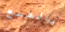
بالطبع